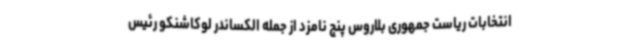
انتخابات ریاست جمهوری بلاروس پنج نامزد از جمله الکساندر لوکاشنکو رئیس